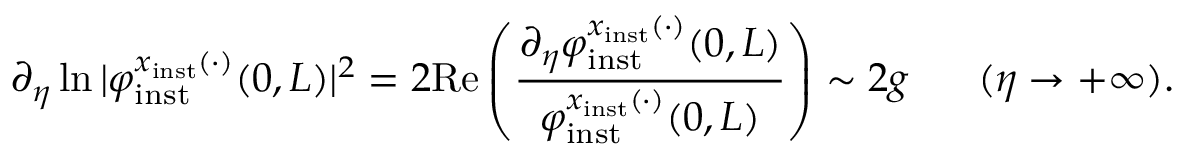
\partial _ { \eta } \ln \vert \varphi _ { \mathrm { i n s t } } ^ { x _ { \mathrm { i n s t } } ( \cdot ) } ( 0 , L ) \vert ^ { 2 } = 2 \mathrm { R e } \left( \frac { \partial _ { \eta } \varphi _ { \mathrm { i n s t } } ^ { x _ { \mathrm { i n s t } } ( \cdot ) } ( 0 , L ) } { \varphi _ { \mathrm { i n s t } } ^ { x _ { \mathrm { i n s t } } ( \cdot ) } ( 0 , L ) } \right) \sim 2 g \ \ \ \ \ ( \eta \to + \infty ) .